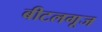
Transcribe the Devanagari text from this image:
बीटलगूज